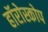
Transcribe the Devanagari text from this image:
हॉरोस्कोप